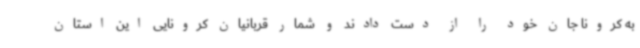
به کرونا جان خود را از دست دادند و شمار قربانیان کرونایی این استان